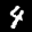
Label: 4